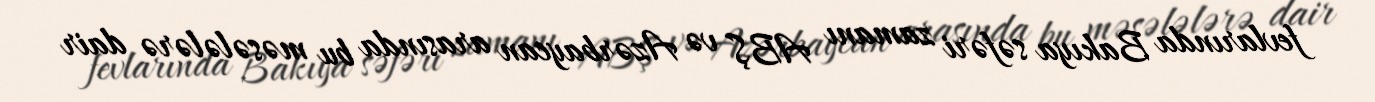
fevlarında Bakıya səfəri zamanı ABŞ və Azərbaycan arasında bu məsələlərə dair